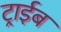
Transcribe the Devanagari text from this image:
ट्राईब